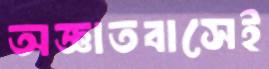
অজ্ঞাতবাসেই